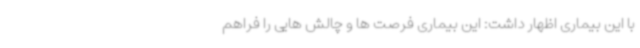
با این بیماری اظهار داشت: این بیماری فرصت ها و چالش هایی را فراهم